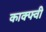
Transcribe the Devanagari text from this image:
काक्फ्वी